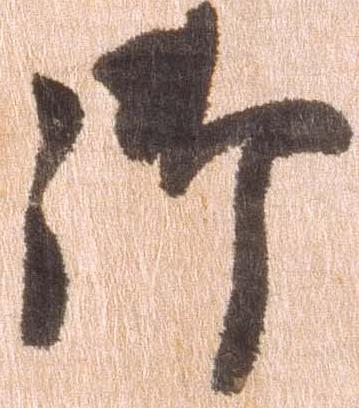
御